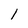
Character: l